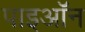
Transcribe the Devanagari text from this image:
पाइऑन